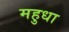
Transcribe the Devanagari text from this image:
महुधा